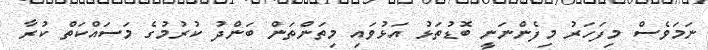
ނަމަވެސް މިފަހަރު މިފެންނަނީ ބޮޑުތަޅު އަޅުވައި މިތަންތަން ބަންދު ކުރުމުގެ މަސައްކަތް ކުރާ